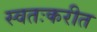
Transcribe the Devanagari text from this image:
स्वतःकरीत